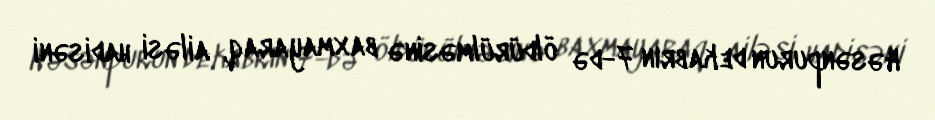
Həsənpurun dekabrın 7-də öldürülməsinə baxmayaraq, ailəsi hadisəni